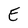
Character: E